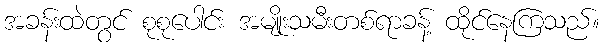
အခန်းထဲတွင် စုစုပေါင်း အမျိုးသမီးတစ်ရာခန့် ထိုင်နေကြသည်။